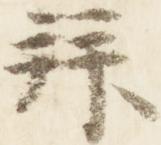
拝